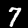
Label: 7